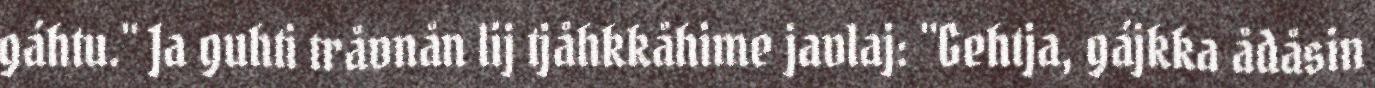
gáhtu." Ja guhti tråvnån lij tjåhkkåhime javlaj: "Gehtja, gájkka ådåsin